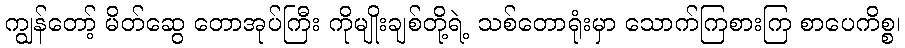
ကျွန်တော့် မိတ်ဆွေ တောအုပ်ကြီး ကိုမျိုးချစ်တို့ရဲ့ သစ်တောရုံးမှာ သောက်ကြစားကြ စာပေကိစ္စ၊